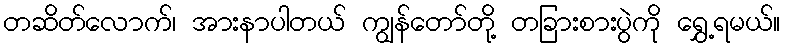
တဆိတ်လောက်၊ အားနာပါတယ် ကျွန်တော်တို့ တခြားစားပွဲကို ရွှေ့ရမယ်။